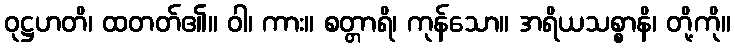
ဝုဋ္ဌဟတိ၊ ထတတ်၏။ ဝါ၊ ကား။ စတ္တာရိ၊ ကုန်သော။ အရိယသစ္စာနိ၊ တို့ကို။